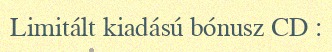
Limitált kiadású bónusz CD :